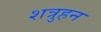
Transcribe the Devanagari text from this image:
शत्रुहन